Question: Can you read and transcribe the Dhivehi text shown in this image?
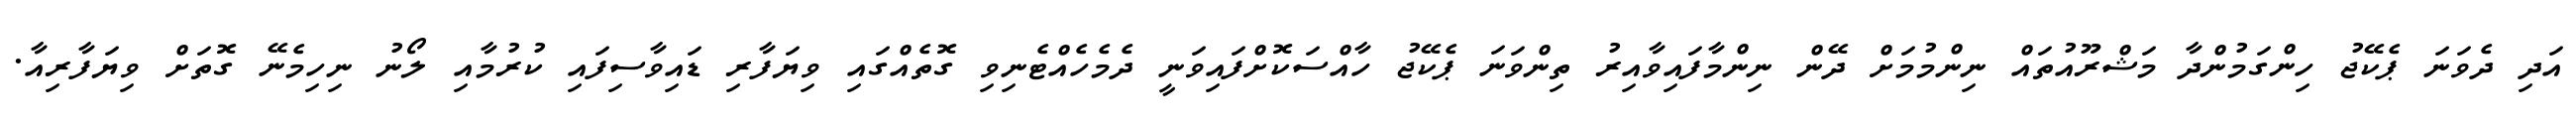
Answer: އަދި ދެވަނަ ޕެކޭޖު ހިންގަމުންދާ މަޝްރޫއުތައް ނިންމުމަށް ދޭން ނިންމާފައިވާއިރު ތިންވަނަ ޕެކޭޖު ހާއްސަކޮށްފައިވަނީ ދެމެހެއްޓެނިވި ގޮތެއްގައި ވިޔަފާރި ޑައިވާސިފައި ކުރުމާއި ލޯނު ނިހިމެނޭ ގޮތަށް ވިޔަފާރިއާ.